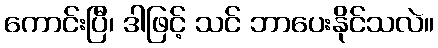
ကောင်းပြီ၊ ဒါဖြင့် သင် ဘာပေးနိုင်သလဲ။